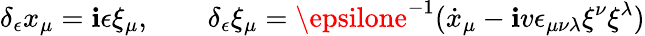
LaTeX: \delta_{\epsilon}x_{\mu}=\mathbf{i}\epsilon\xi_{\mu},\qquad\delta_{\epsilon}\xi_{\mu}=\epsilone^{-1}(\dot{{x}}_{\mu}-\mathbf{i}v\epsilon_{\mu\nu\lambda}\xi^{\nu}\xi^{\lambda})